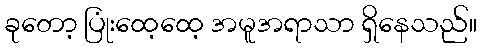
ခုတော့ ပြုံးထေ့ထေ့ အမူအရာသာ ရှိနေသည်။